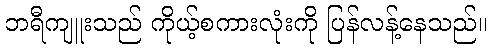
ဘရီကျူးသည် ကိုယ့်စကားလုံးကို ပြန်လန့်နေသည်။